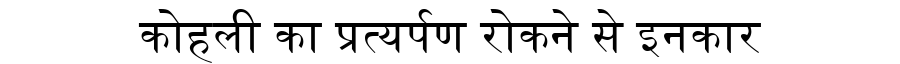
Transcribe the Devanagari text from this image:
कोहली का प्रत्यर्पण रोकने से इनकार